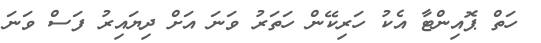
ހަތް ޕޮއިންޓާ އެކު ހަރިކޭން ހަތަރު ވަނަ އަށް ދިޔައިރު ފަސް ވަނަ